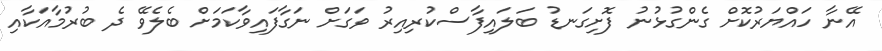
އޭނާ ހައްޔަރުކޮށް ގެންގުޅުނު ފޮށިގަނޑު ބަލައިފާސްކުރިއިރު ވަގަށް ނަގާފައިވާކަމަށް ބެލެވޭ ދެ ބުރުމާއަކާއި